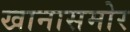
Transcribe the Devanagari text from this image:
खानासमोर